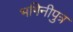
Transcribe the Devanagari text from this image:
भगिनीपुत्र